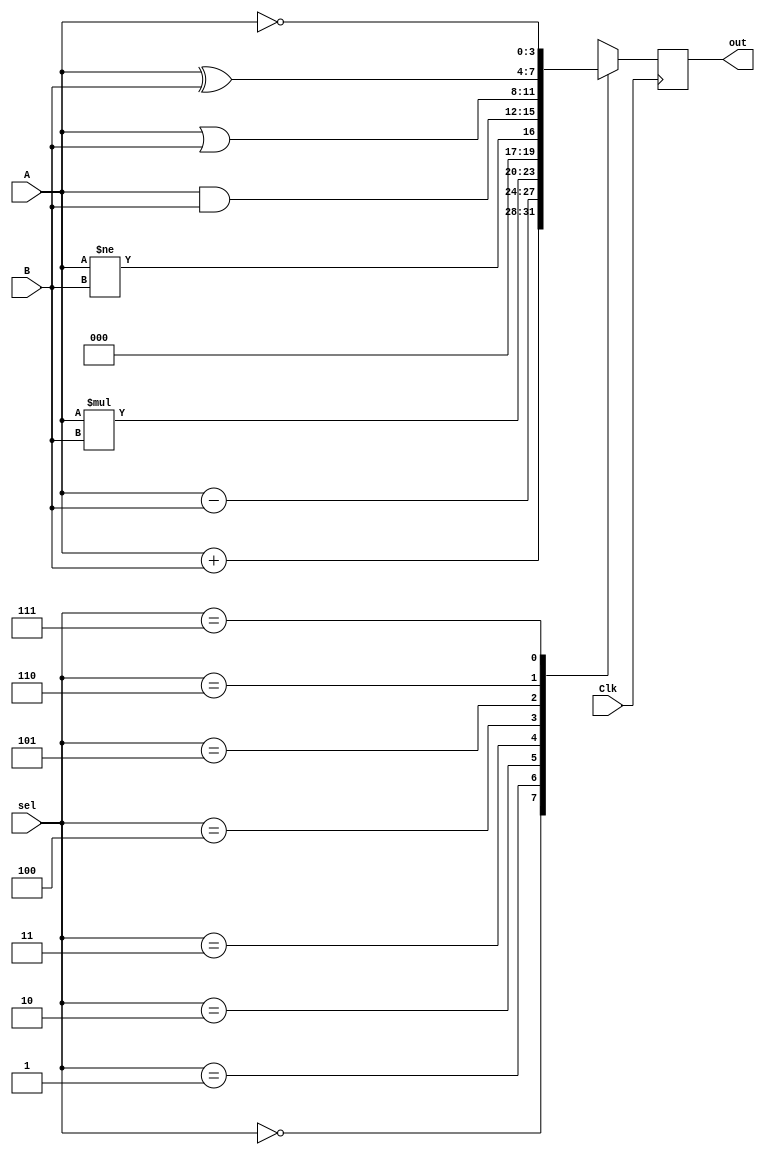
module ALU_Design(out, A, B, sel, Clk);
     output reg [3:0] out;
     input [3:0] A, B;
     input [2:0] sel;
     input Clk;
     
     always @(posedge Clk)
     begin
        case(sel)
        3'b000: out=A+B;
        3'b001: out=A-B;
        3'b010: out=A*B;
        3'b011: out=(A!=B);
        3'b100: out=A&B;
        3'b101: out=A|B;
        3'b110: out=A^B;
        3'b111: out=~A;
        endcase
      end
endmodule